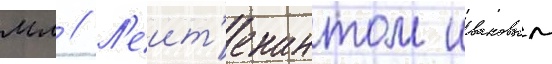
мл // Л'еит'енантом ивановым